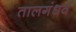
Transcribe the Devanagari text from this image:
तालगंधर्व